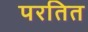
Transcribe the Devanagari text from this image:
परतित